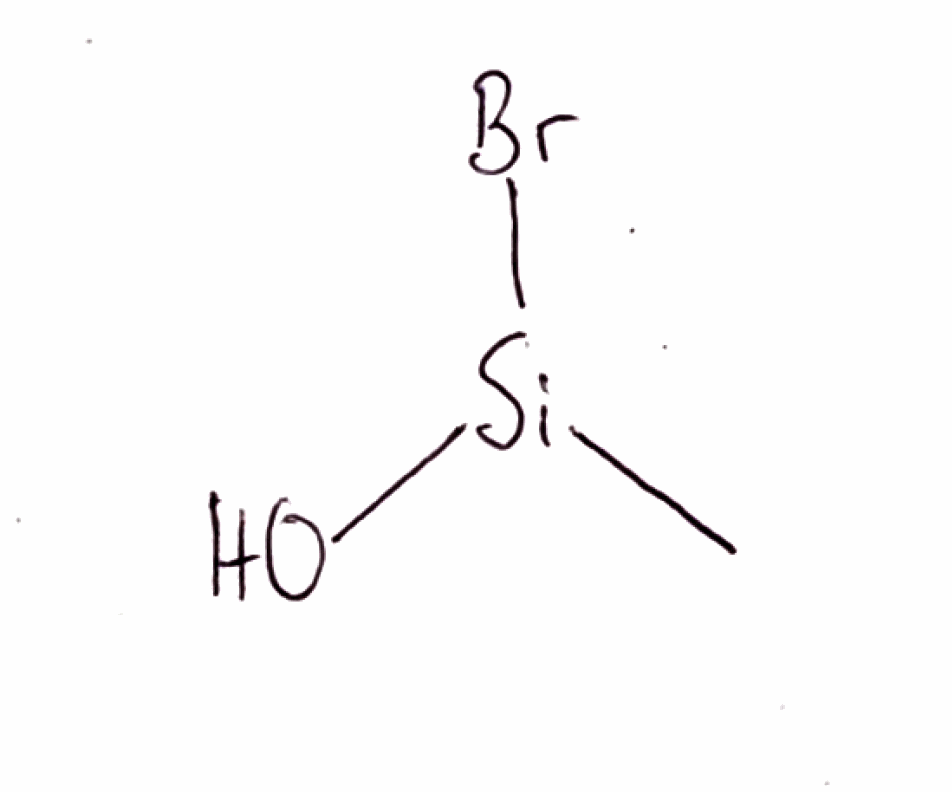
Simplified molecular-input line-entry system (SMILES) notation of the given molecule:
C[Si](O)Br